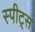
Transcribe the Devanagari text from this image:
स्पीट्स